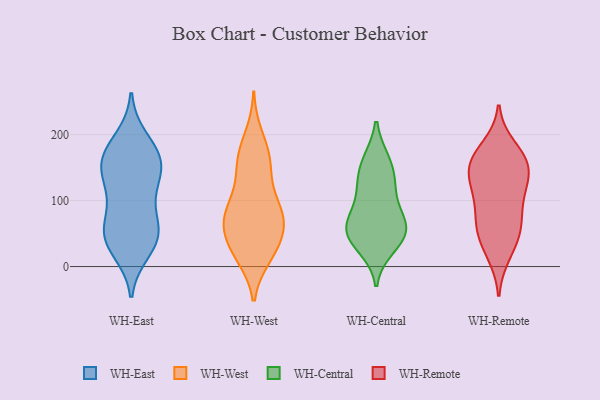
{"axis": {"x": "Page Views", "y": "Value"}, "legend": ["WH-Central", "WH-East", "WH-Remote", "WH-West"], "data": [{"x": "", "y": 40, "type": "WH-East"}, {"x": "", "y": 153, "type": "WH-East"}, {"x": "", "y": 95, "type": "WH-East"}, {"x": "", "y": 25, "type": "WH-East"}, {"x": "", "y": 157, "type": "WH-East"}, {"x": "", "y": 126, "type": "WH-East"}, {"x": "", "y": 56, "type": "WH-East"}, {"x": "", "y": 48, "type": "WH-East"}, {"x": "", "y": 120, "type": "WH-East"}, {"x": "", "y": 192, "type": "WH-East"}, {"x": "", "y": 44, "type": "WH-East"}, {"x": "", "y": 169, "type": "WH-East"}, {"x": "", "y": 157, "type": "WH-East"}, {"x": "", "y": 58, "type": "WH-East"}, {"x": "", "y": 169, "type": "WH-East"}, {"x": "", "y": 157, "type": "WH-West"}, {"x": "", "y": 87, "type": "WH-West"}, {"x": "", "y": 116, "type": "WH-West"}, {"x": "", "y": 165, "type": "WH-West"}, {"x": "", "y": 86, "type": "WH-West"}, {"x": "", "y": 17, "type": "WH-West"}, {"x": "", "y": 47, "type": "WH-West"}, {"x": "", "y": 81, "type": "WH-West"}, {"x": "", "y": 67, "type": "WH-West"}, {"x": "", "y": 73, "type": "WH-West"}, {"x": "", "y": 32, "type": "WH-West"}, {"x": "", "y": 146, "type": "WH-West"}, {"x": "", "y": 198, "type": "WH-West"}, {"x": "", "y": 24, "type": "WH-West"}, {"x": "", "y": 54, "type": "WH-West"}, {"x": "", "y": 16, "type": "WH-West"}, {"x": "", "y": 78, "type": "WH-West"}, {"x": "", "y": 169, "type": "WH-West"}, {"x": "", "y": 38, "type": "WH-Central"}, {"x": "", "y": 29, "type": "WH-Central"}, {"x": "", "y": 45, "type": "WH-Central"}, {"x": "", "y": 161, "type": "WH-Central"}, {"x": "", "y": 84, "type": "WH-Central"}, {"x": "", "y": 161, "type": "WH-Central"}, {"x": "", "y": 61, "type": "WH-Central"}, {"x": "", "y": 113, "type": "WH-Central"}, {"x": "", "y": 60, "type": "WH-Central"}, {"x": "", "y": 123, "type": "WH-Central"}, {"x": "", "y": 67, "type": "WH-Central"}, {"x": "", "y": 56, "type": "WH-Central"}, {"x": "", "y": 134, "type": "WH-Central"}, {"x": "", "y": 148, "type": "WH-Remote"}, {"x": "", "y": 157, "type": "WH-Remote"}, {"x": "", "y": 59, "type": "WH-Remote"}, {"x": "", "y": 63, "type": "WH-Remote"}, {"x": "", "y": 74, "type": "WH-Remote"}, {"x": "", "y": 115, "type": "WH-Remote"}, {"x": "", "y": 167, "type": "WH-Remote"}, {"x": "", "y": 181, "type": "WH-Remote"}, {"x": "", "y": 133, "type": "WH-Remote"}, {"x": "", "y": 106, "type": "WH-Remote"}, {"x": "", "y": 19, "type": "WH-Remote"}, {"x": "", "y": 56, "type": "WH-Remote"}, {"x": "", "y": 158, "type": "WH-Remote"}, {"x": "", "y": 114, "type": "WH-Remote"}, {"x": "", "y": 30, "type": "WH-Remote"}, {"x": "", "y": 155, "type": "WH-Remote"}]}